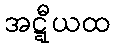
အဋ္ဋီယထ